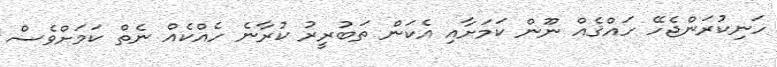
ހަނިކުރަންޖެހޭ ހައްޤެއް ނޫން ކަމަށާއި އެކަން ތަބުރީރު ކުރާނެ ހެއްކެއް ނެތް ކަމަށްވެސް